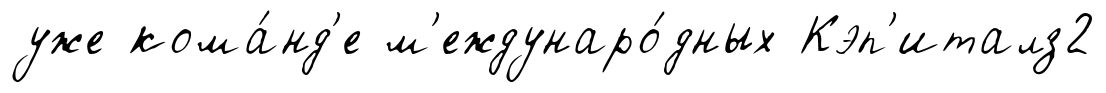
уже кома́нд'е м'еждунаро́дных Кэп'италз2